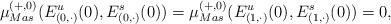
LaTeX: \begin{align*}\mu^{(+,0)}_{Mas}(E^u_{(0,\cdot)}(0),E^s_{(0,\cdot)}(0))=\mu^{(+,0)}_{Mas}(E^u_{(1,\cdot)}(0),E^s_{(1,\cdot)}(0))=0,\end{align*}